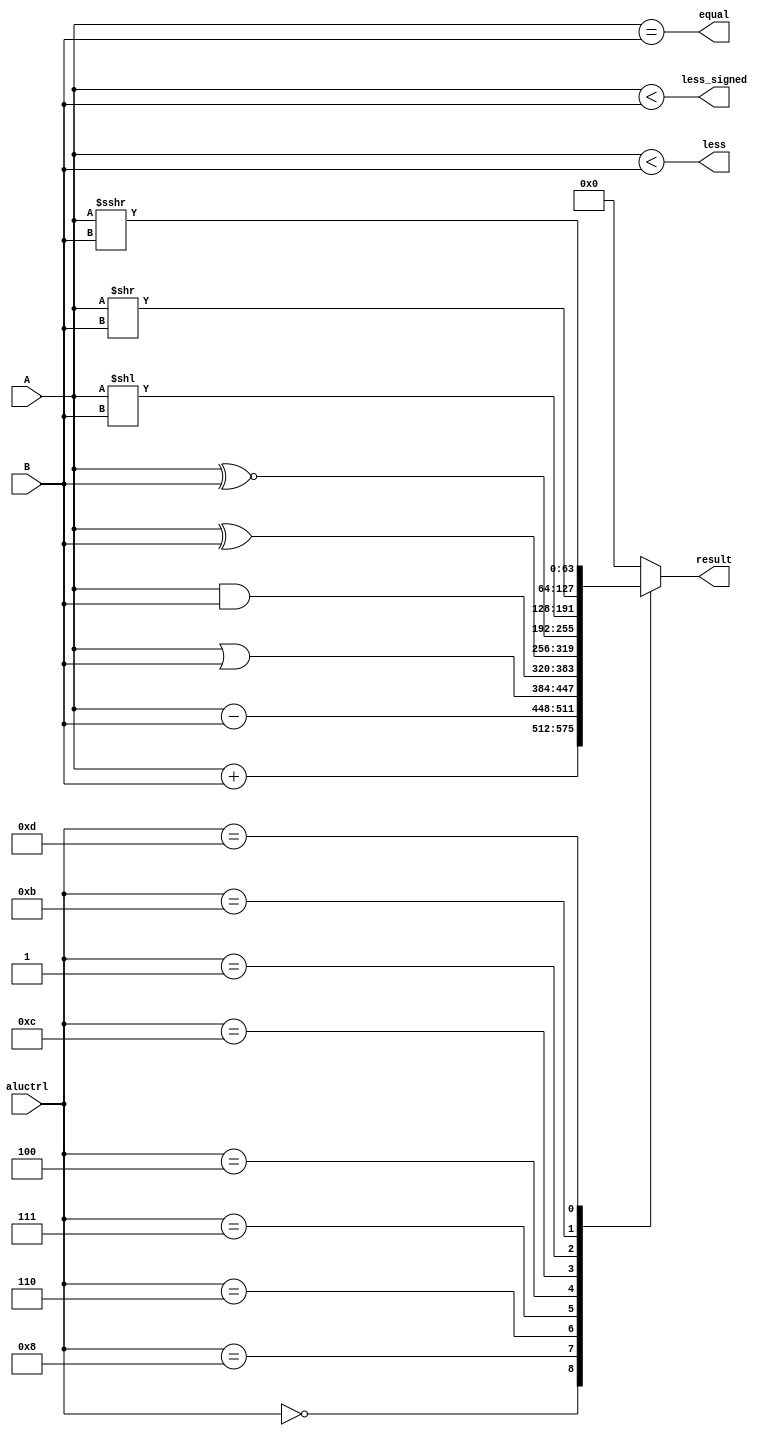
`timescale 1ns/1ps

module ALU (
    input [63:0] A,
    input [63:0] B,
    input [3:0] aluctrl,
    output reg [63:0] result,
    output equal,
    output less,
    output less_signed
);
    
    always @(*) begin
        case (aluctrl)
            4'b0000: result = A + B;
            4'b1000: result = A - B;
            4'b0110: result = A | B;
            4'b0111: result = A & B;
            4'b0100: result = A ^ B;
            4'b1100: result = A ~^ B;
            4'b0001: result = A << B;
            4'b1011: result = A >> B;
            4'b1101: result = A >>> B;
            // 4'b0010: result = {63'b0, $signed(A) < $signed(B)};
            // 4'b0011: result = {63'b0, A < B};
            default: result  = 64'b0;
        endcase
    end

    assign equal = A == B;
    assign less = A < B;
    assign less_signed = $signed(A) < $signed(B);

endmodule